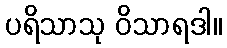
ပရိသာသု ဝိသာရဒါ။